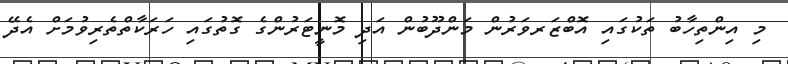
މި އިންތިހާބު ތަކުގައި އޮބްޒަރވަރުން މަންދޫބުން އަދި މޮނީޓަރުންގެ ގޮތުގައި ހަރަކާތްތެރިވުމަށް އެދޭ